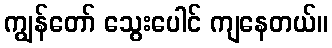
ကျွန်တော် သွေးပေါင် ကျနေတယ်။